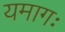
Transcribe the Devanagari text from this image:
यमागः